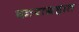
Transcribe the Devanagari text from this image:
काराग्रहात